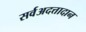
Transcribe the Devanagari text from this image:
सर्वअदत्तादान